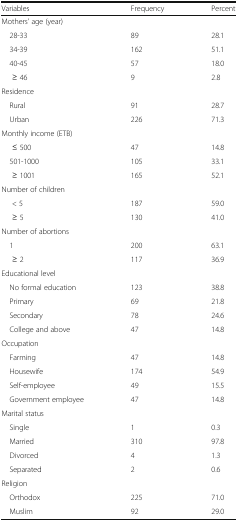
<table><thead><tr><td><b>Variables</b></td><td><b>Frequency</b></td><td><b>Percent</b></td></tr></thead><tbody><tr><td colspan="3">Mothers’ age (year)</td></tr><tr><td> 28-33</td><td>89</td><td>28.1</td></tr><tr><td> 34-39</td><td>162</td><td>51.1</td></tr><tr><td> 40-45</td><td>57</td><td>18.0</td></tr><tr><td>≥ 46</td><td>9</td><td>2.8</td></tr><tr><td colspan="3">Residence</td></tr><tr><td> Rural</td><td>91</td><td>28.7</td></tr><tr><td> Urban</td><td>226</td><td>71.3</td></tr><tr><td colspan="3">Monthly income (ETB)</td></tr><tr><td>≤ 500</td><td>47</td><td>14.8</td></tr><tr><td> 501-1000</td><td>105</td><td>33.1</td></tr><tr><td>≥ 1001</td><td>165</td><td>52.1</td></tr><tr><td colspan="3">Number of children</td></tr><tr><td>&lt; 5</td><td>187</td><td>59.0</td></tr><tr><td>≥ 5</td><td>130</td><td>41.0</td></tr><tr><td colspan="3">Number of abortions</td></tr><tr><td> 1</td><td>200</td><td>63.1</td></tr><tr><td>≥ 2</td><td>117</td><td>36.9</td></tr><tr><td colspan="3">Educational level</td></tr><tr><td> No formal education</td><td>123</td><td>38.8</td></tr><tr><td> Primary</td><td>69</td><td>21.8</td></tr><tr><td> Secondary</td><td>78</td><td>24.6</td></tr><tr><td> College and above</td><td>47</td><td>14.8</td></tr><tr><td colspan="3">Occupation</td></tr><tr><td> Farming</td><td>47</td><td>14.8</td></tr><tr><td> Housewife</td><td>174</td><td>54.9</td></tr><tr><td> Self-employee</td><td>49</td><td>15.5</td></tr><tr><td> Government employee</td><td>47</td><td>14.8</td></tr><tr><td colspan="3">Marital status</td></tr><tr><td> Single</td><td>1</td><td>0.3</td></tr><tr><td> Married</td><td>310</td><td>97.8</td></tr><tr><td> Divorced</td><td>4</td><td>1.3</td></tr><tr><td> Separated</td><td>2</td><td>0.6</td></tr><tr><td colspan="3">Religion</td></tr><tr><td> Orthodox</td><td>225</td><td>71.0</td></tr><tr><td> Muslim</td><td>92</td><td>29.0</td></tr></tbody></table>